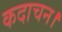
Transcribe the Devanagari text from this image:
कदाचन।